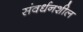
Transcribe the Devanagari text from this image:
संवर्धनशील